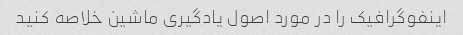
اینفوگرافیک را در مورد اصول یادگیری ماشین خلاصه کنید